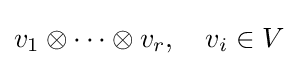
v_{1}\otimes \cdots \otimes v_{r},\quad v_{i}\in V